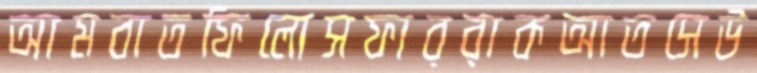
আমবাতফিলোসফাররাকআতসেউ